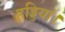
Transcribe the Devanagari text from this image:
हड्डियां।